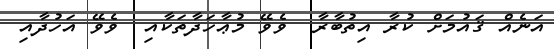
އަނެއް ޤައުމަށް ކުރާ އިތުބާރާ  ވެވޭ މުޢާހަދާތަކާއި  ވެވޭ އަހުދާއި